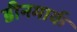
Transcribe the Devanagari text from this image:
डीनमार्क